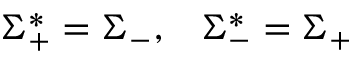
\Sigma _ { + } ^ { * } = \Sigma _ { - } , \; \; \; \Sigma _ { - } ^ { * } = \Sigma _ { + }